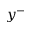
y ^ { - }